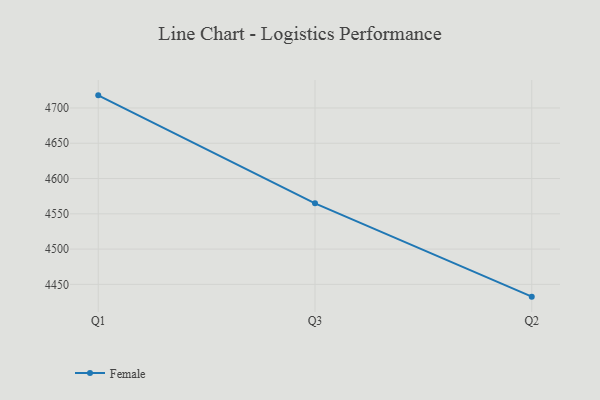
{"axis": {"x": "Quarter", "y": "Active Users"}, "legend": ["Female"], "data": [{"x": "Q1", "y": 4717.9, "type": "Female"}, {"x": "Q3", "y": 4564.8, "type": "Female"}, {"x": "Q2", "y": 4432.6, "type": "Female"}]}